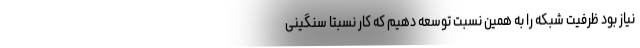
نیاز بود ظرفیت شبکه را به همین نسبت توسعه دهیم که کار نسبتاً سنگینی